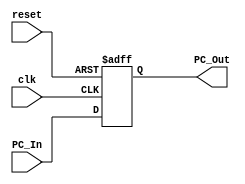
module Program_Counter(
  input clk, reset, 
  input [63:0] PC_In, 
  output reg [63:0] PC_Out
);
  always @(posedge reset or posedge clk)
    begin
      //if signal is high, set PC_Out to 0
      if (reset)
        begin
          PC_Out = 0;
        end
      else
        //At posedge of clk, reflect value of PC_In to PC_Out
        begin
          PC_Out = PC_In;
        end
    end
endmodule